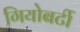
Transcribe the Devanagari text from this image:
गियोबर्टी